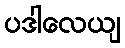
ပဒါလေယျ